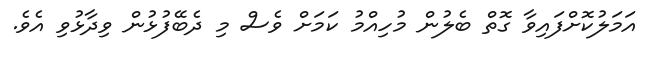
އަމަލުކޮށްފައިވާ ގޮތް ބެލުން މުހިއްމު ކަަމަށް ވެސް މި ދެބޭފުޅުން ވިދާޅުވި އެވެ.